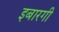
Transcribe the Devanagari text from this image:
इबारगी